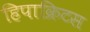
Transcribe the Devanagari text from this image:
हिपाक्रिटस